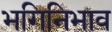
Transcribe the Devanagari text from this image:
भगिनिभाव